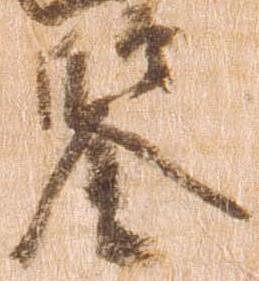
鑑